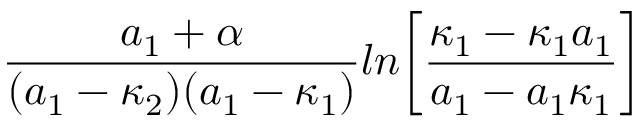
{ \frac { a _ { 1 } + \alpha } { ( a _ { 1 } - \kappa _ { 2 } ) ( a _ { 1 } - \kappa _ { 1 } ) } } l n \biggl [ { \frac { \kappa _ { 1 } - \kappa _ { 1 } a _ { 1 } } { a _ { 1 } - a _ { 1 } \kappa _ { 1 } } } \biggr ]